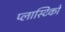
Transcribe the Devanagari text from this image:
प्लास्टिको